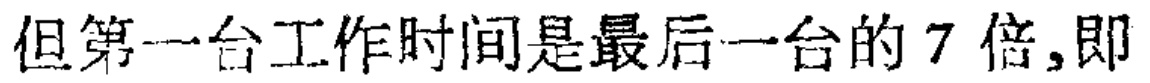
但第一台工作时间是最后一台的 7 倍,即